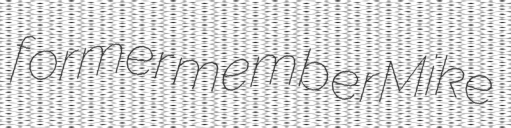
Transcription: former member Mike